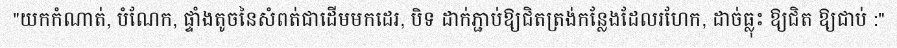
"យកកំណាត់, បំណែក, ផ្ទាំងតូចនៃសំពត់ជាដើមមកដេរ, បិទ ដាក់ភ្ជាប់ឱ្យជិតត្រង់កន្លែងដែលរហែក, ដាច់ធ្លុះ ឱ្យជិត ឱ្យជាប់ :"